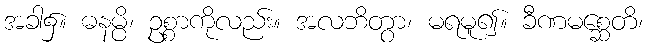
အခါ၌။ ဓနမ္ပိ၊ ဥစ္စာကိုလည်း။ အလဘိတွာ၊ မရမူ၍။ ခီဏမစ္ဆေတိ၊